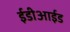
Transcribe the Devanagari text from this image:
ईडीआईड